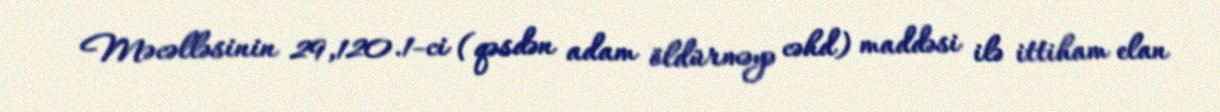
Məcəlləsinin 29,120.1-ci (qəsdən adam öldürməyə cəhd) maddəsi ilə ittiham elan